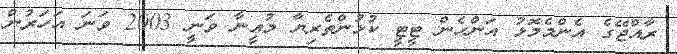
ރާއްޖޭގެ އެންމެމޮޅު އަންހެން ޓީޓީ ކުޅުންތެރިޔާ މުއީނާ ވަނީ 2003 ވަނަ އަހަރުން